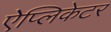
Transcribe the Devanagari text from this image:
ऐप्लिकेटर